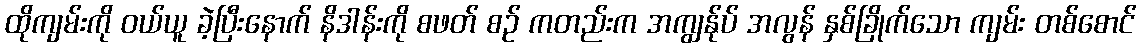
ထိုကျမ်းကို ဝယ်ယူ ခဲ့ပြီးနောက် နိဒါန်းကို စဖတ် စဉ် ကတည်းက အကျွန်ုပ် အလွန် နှစ်ခြိုက်သော ကျမ်း တစ်စောင်